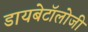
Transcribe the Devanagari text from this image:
डायबेटॉलोजी